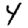
Digit: 4